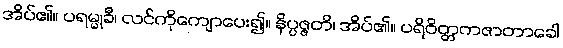
အိပ်၏။ ပရမ္မုခီ၊ လင်ကိုကျောပေး၍။ နိပ္ပဇ္ဇတိ၊ အိပ်၏။ ပရိဝိတ္တကဇာတာခေါ